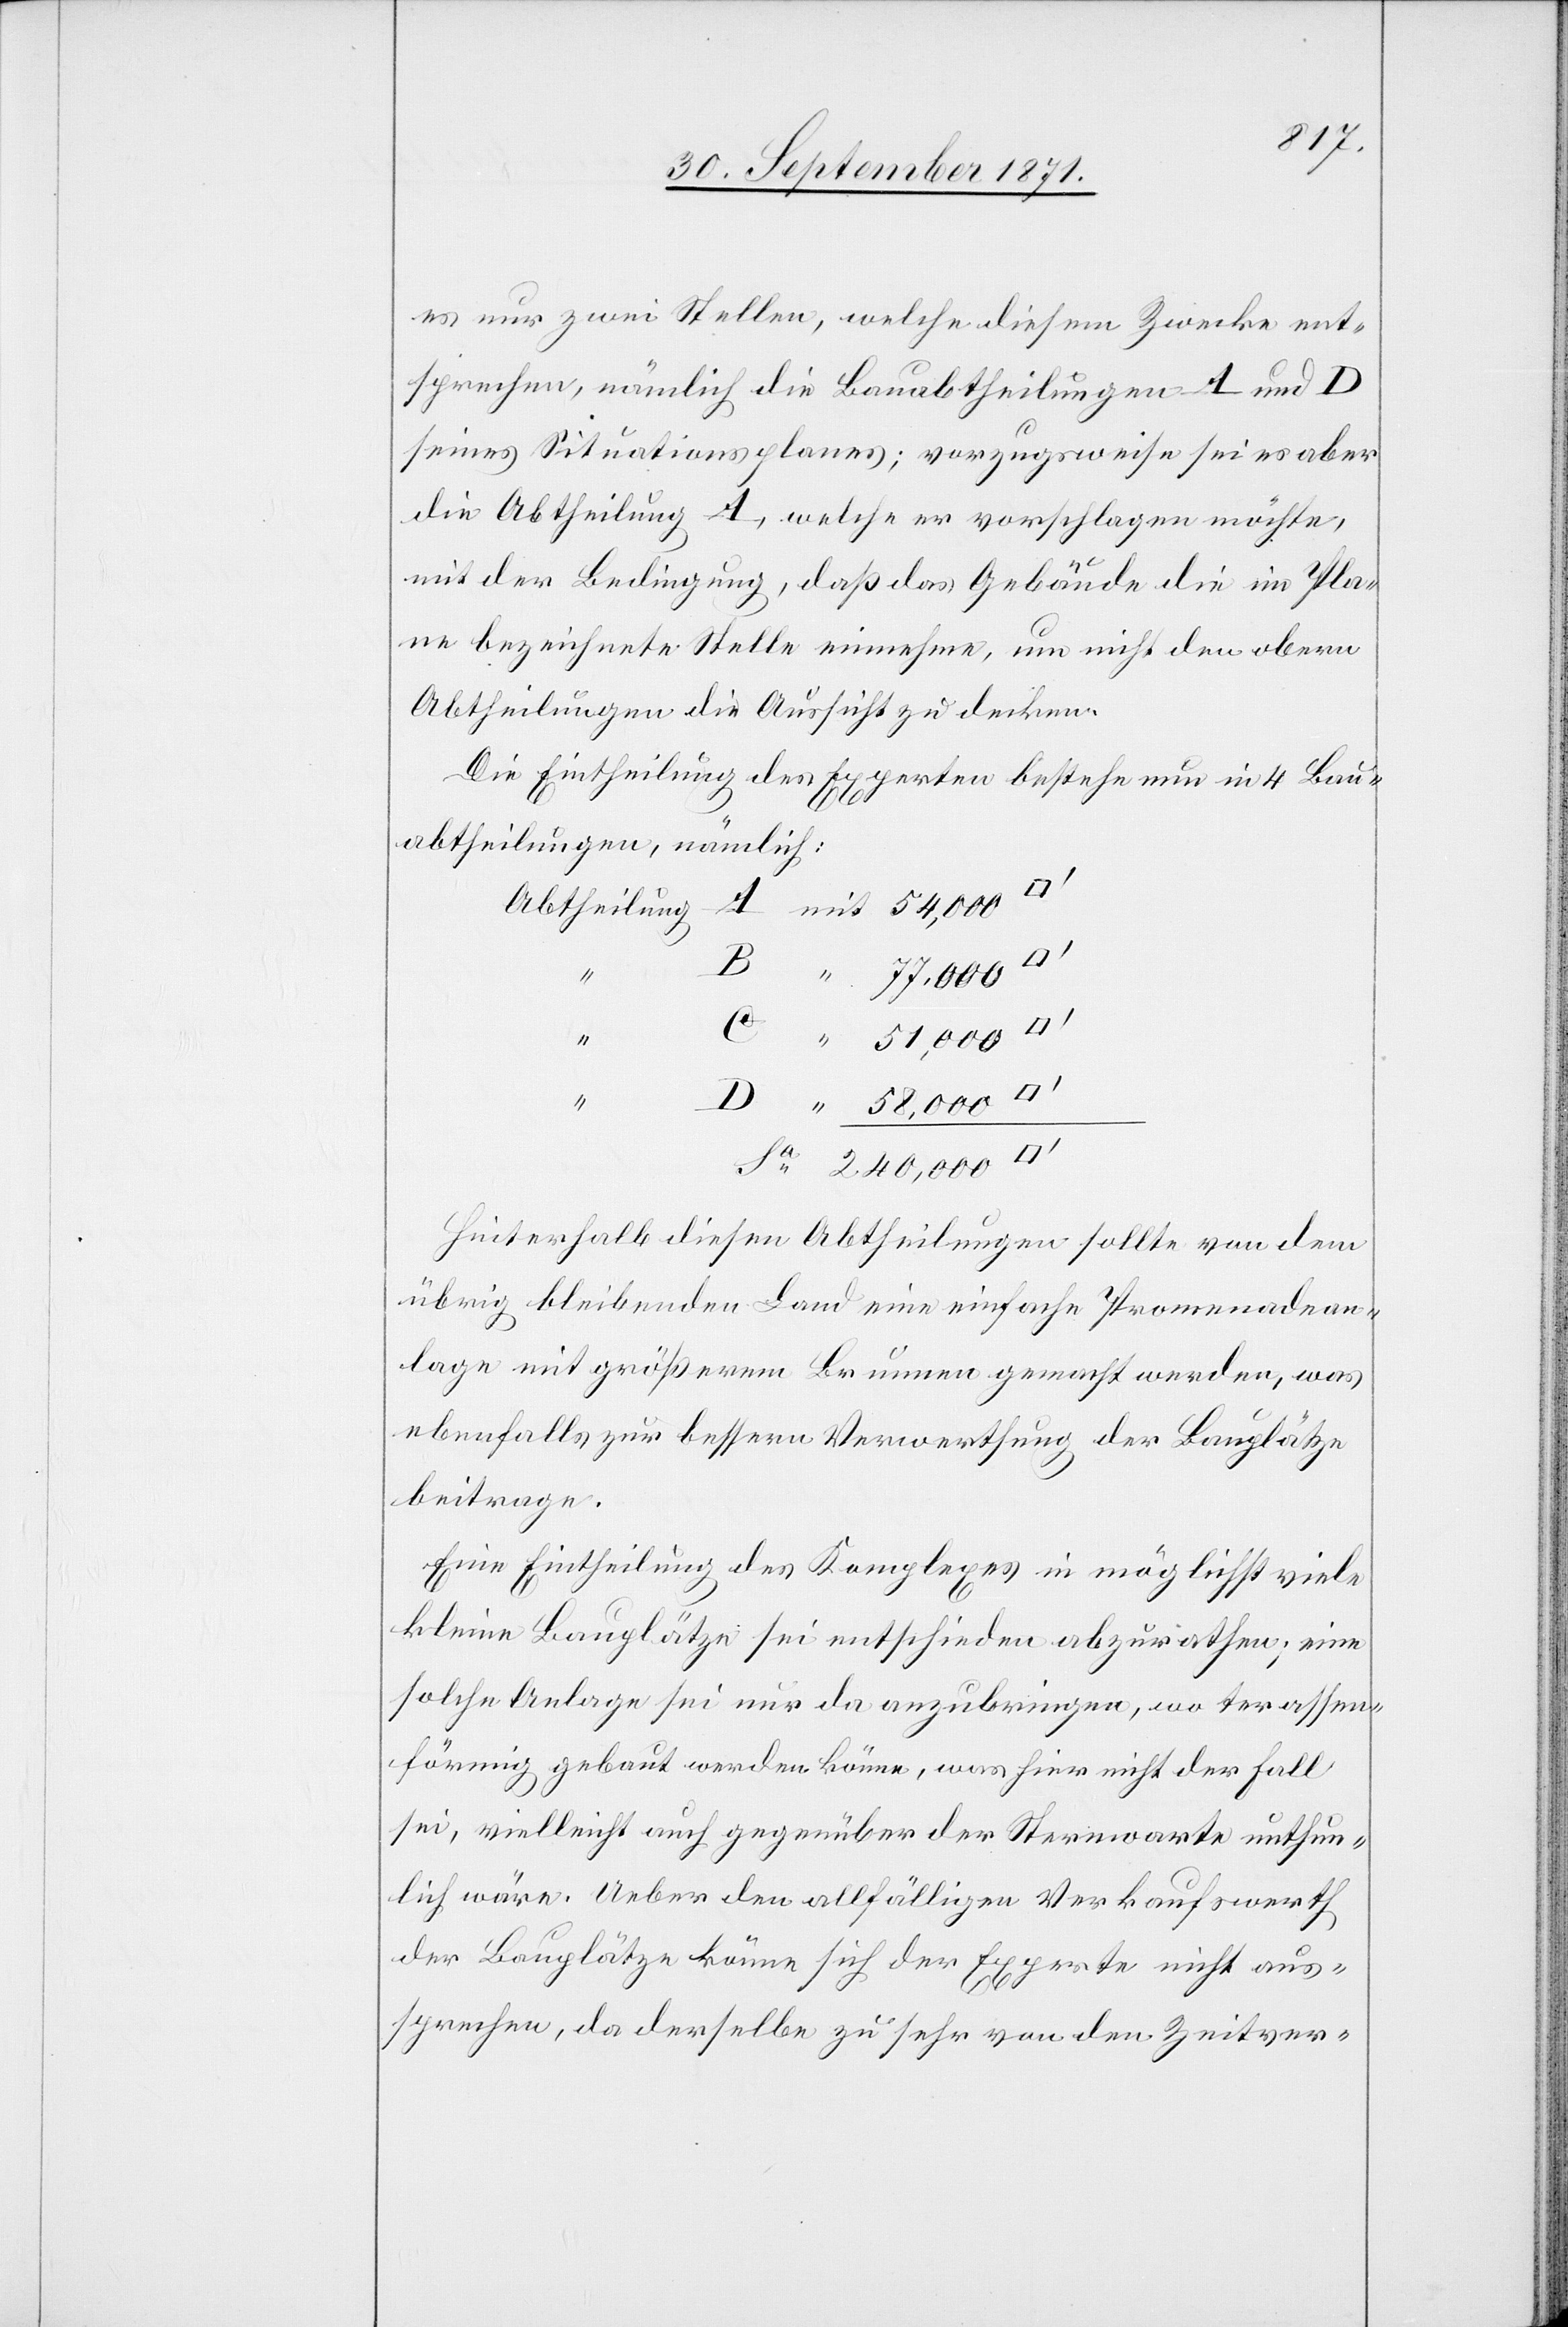
es nur zwei Stellen, welche diesem Zwecke ent¬
sprechen, nämlich die Bauabtheilungen A und D
seines Situationsplanes; vorzugsweise sei aber
die Abtheilung A, welche er vorschlagen möchte,
mit der Bedingung, daß das Gebäude die im Pla¬
ne bezeichnete Stelle einnehme, um nicht den obern
Abtheilungen die Aussicht zu decken.
Die Eintheilung des Experten bestehe nun in 4 Bau¬
abtheilungen, nämlich:
Hinterhalb diesen Abtheilungen sollte von dem
übrig bleibenden Land eine einfache Promenadean¬
lage mit größerem Brunnen gemacht werden, was
ebenfalls zur bessern Verwerthung der Bauplätze
beitrage.
Eine Eintheilung des Komplexes in möglichst viele
kleine Bauplätze sei entschieden abzurathen; eine
solche Anlage sei nur da anzubringen, wo terassen¬
förmig gebaut werden könne, was hier nicht der Fall
sei, vielleicht auch gegenüber der Sternwarte unthun¬
lich wäre. Ueber den allfälligen Verkaufswerth
der Bauplätze könne sich der Experte nicht aus¬
sprechen, da derselbe zu sehr von den Zeitver-